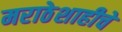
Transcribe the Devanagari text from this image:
मराठेशाहीचे